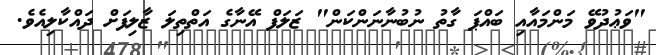
"ވަޢުދުވޭ މަންމައާއި ބައްޕަ ގާތު ނުބުނާނަންކަން" ޒަލަފް އޭނާގެ އަތްތިލަ ޒާލިފަށް ދައްކާލިއެވެ.